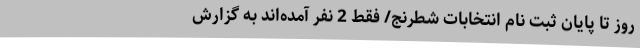
روز تا پایان ثبت نام انتخابات شطرنج/ فقط 2 نفر آمده‌اند به گزارش